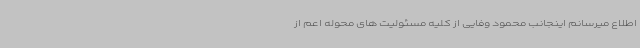
اطلاع میرسانم اینجانب محمود وفایی از کلیه مسئولیت های محوله اعم از